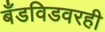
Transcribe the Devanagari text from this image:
बँडविडवरही